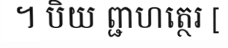
។ បិយ ព្ជាហត្ថេរ [